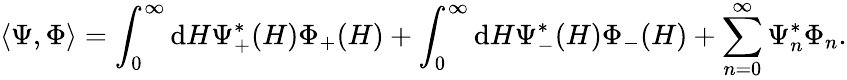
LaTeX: \langle\Psi,\Phi\rangle=\int_{0}^{\infty}\mathrm{d}H\Psi_{+}^{*}(H)\Phi_{+}(H)+\int_{0}^{\infty}\mathrm{d}H\Psi_{-}^{*}(H)\Phi_{-}(H)+\sum_{n=0}^{\infty}\Psi_{n}^{*}\Phi_{n}.